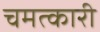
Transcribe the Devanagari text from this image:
चमत्‍कारी